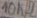
Text: 10KΩ